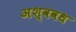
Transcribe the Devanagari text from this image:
अश्ववध